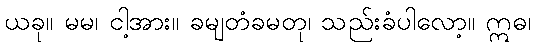
ယခု။ မမ၊ ငါ့အား။ ခမျတံခမတု၊ သည်းခံပါလော့။ ဣဓ၊